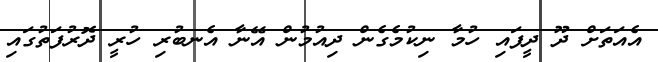
އެއަތަށް ދޫ ދީފައި ހުމާ ނިކުމެެގެން ދިއުމުން އޭނާ އެނބުރި ހުރީ ދޮރުފަތުގައި